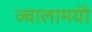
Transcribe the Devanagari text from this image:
ज्‍वालामयी